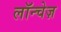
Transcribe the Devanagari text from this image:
लॉन्चेज़